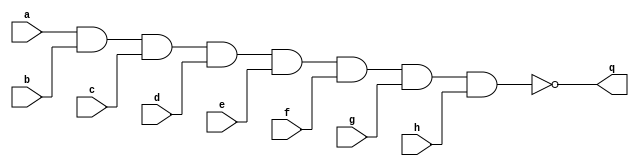
`timescale 1ns / 1ps
//////////////////////////////////////////////////////////////////////////////////
// Company: 
// Engineer: 
// 
// Design Name: 
// Module Name: nandgate
// Project Name: 
// Target Devices: 
// Tool Versions: 
// Description: 
// 
// Dependencies: 
// 
// Revision:
// Revision 0.01 - File Created
// Additional Comments:
// 
//////////////////////////////////////////////////////////////////////////////////


module nandgate
#(parameter Port_Num = 2, //  2 
 parameter WIDTH=8) //  8 
 ( 
input [(WIDTH-1):0] a,
input [(WIDTH-1):0] b,
input [(WIDTH-1):0] c,
input [(WIDTH-1):0] d,
input [(WIDTH-1):0] e,
input [(WIDTH-1):0] f,
input [(WIDTH-1):0] g,
input [(WIDTH-1):0] h,
output [(WIDTH-1):0] q
);
assign q = ~(a & b & c & d & e & f & g & h);
endmodule